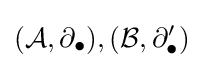
({\mathcal {A}},\partial _{\bullet }),({\mathcal {B}},\partial _{\bullet }')